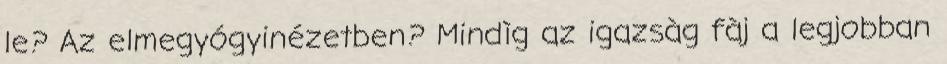
le? Az elmegyógyinézetben? Mindìg az igazsàg fàj a legjobban